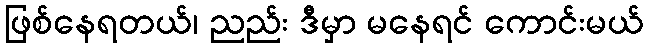
ဖြစ်နေရတယ်၊ ညည်း ဒီမှာ မနေရင် ကောင်းမယ်